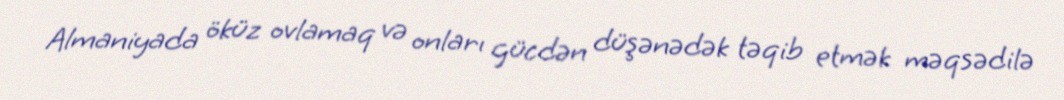
Almaniyada öküz ovlamaq və onları gücdən düşənədək təqib etmək məqsədilə